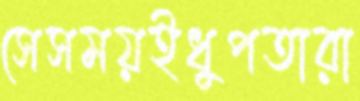
সেসময়ইধুপতারা